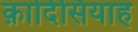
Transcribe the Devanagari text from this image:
क़ादिसियाह